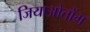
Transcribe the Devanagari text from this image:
जियाओतोंग